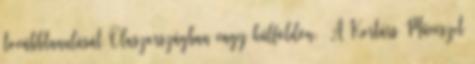
továbbtanulását Olaszországban vagy külföldön. A Kortárs Művészet